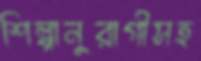
শিল্পানুরাগীসহ